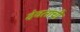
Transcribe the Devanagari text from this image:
देवताची